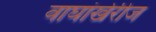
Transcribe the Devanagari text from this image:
वाघांखेरीज